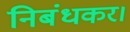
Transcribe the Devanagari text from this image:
निबंधकर।